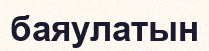
баяулатын